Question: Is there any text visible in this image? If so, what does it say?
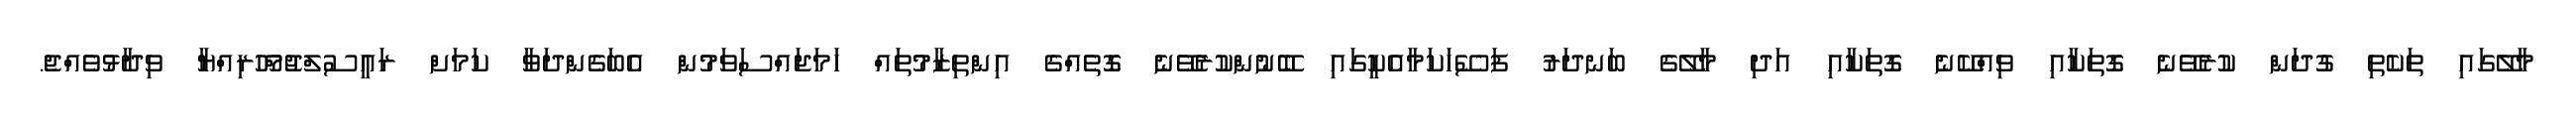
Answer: މާލޭގައި ތަކެތި ގުދަން ކުރެވޭނެ ގޮތަކާއި ވިއްކޭނެ ގޮތަކާއި އަދި މާލޭގެ ބަނދަރު ފަސޭހަކަމާއެކީގައި ބޭނުންކުރެވޭނެ ގޮތެއްގެ އިންތިޒާމުތައް ހަމަޖައްސަވަމުން އެބަގެންދަވާ ކަމަށް ރައީސުލްޖުމްހޫރިއްޔާ ވިދާޅުވެއްޖެ.